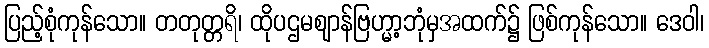
ပြည့်စုံကုန်သော။ တတုတ္တရိ၊ ထိုပဌမဈာန်ဗြဟ္မာ့ဘုံမှအထက်၌ ဖြစ်ကုန်သော။ ဒေဝါ၊